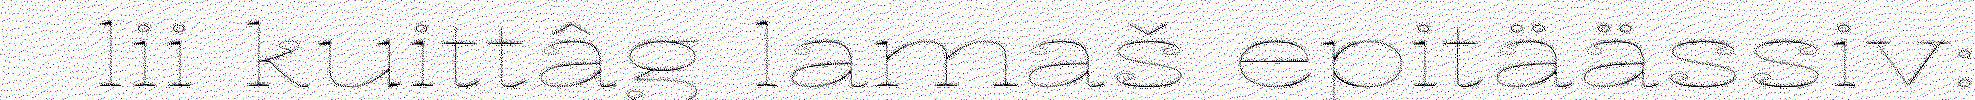
lii kuittâg lamaš epitäässiv: